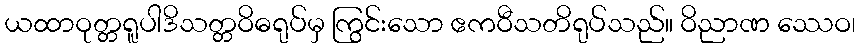
ယထာဝုတ္တရူပါဒိသတ္တဝိဓရုပ်မှ ကြွင်းသော ဧကဝီသတိရုပ်သည်။ ဝိညာဏ ဿေဝ၊